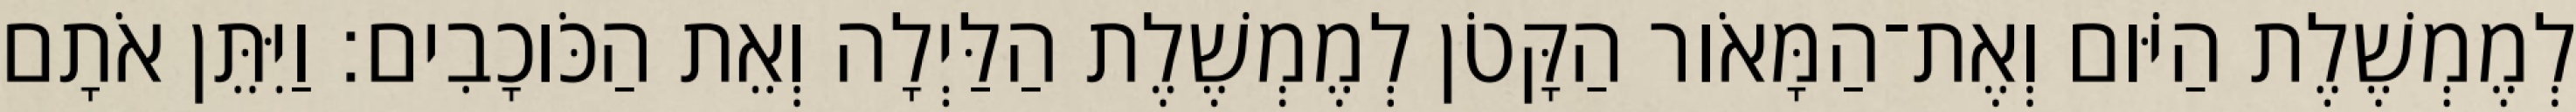
לְמֶמְשֶׁלֶת הַיֹּום וְאֶת־הַמָּאֹור הַקָּטֹן לְמֶמְשֶׁלֶת הַלַּיְלָה וְאֵת הַכֹּוכָבִים׃ וַיִּתֵּן אֹתָם